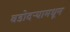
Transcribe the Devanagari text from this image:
वडोदऱ्यामधून